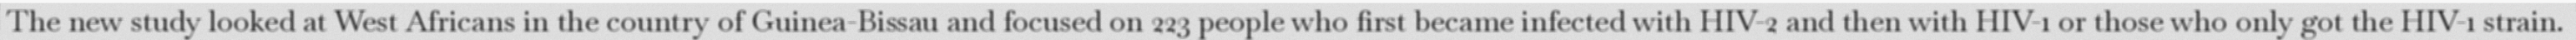
The new study looked at West Africans in the country of Guinea-Bissau and focused on 223 people who first became infected with HIV-2 and then with HIV-1 or those who only got the HIV-1 strain.